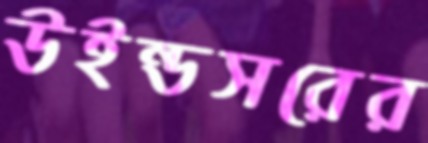
উইন্ডসরের